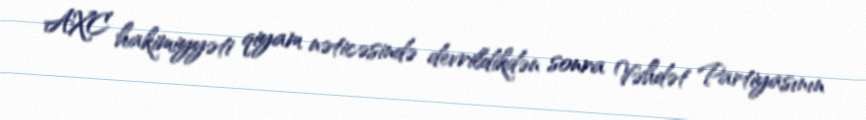
AXC hakimiyyəti qiyam nəticəsində devrildikdən sonra Vəhdət Partiyasının